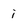
Character: i